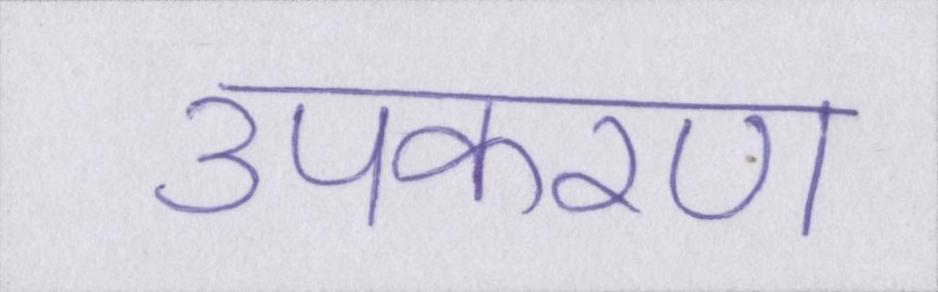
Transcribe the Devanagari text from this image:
उपकरण